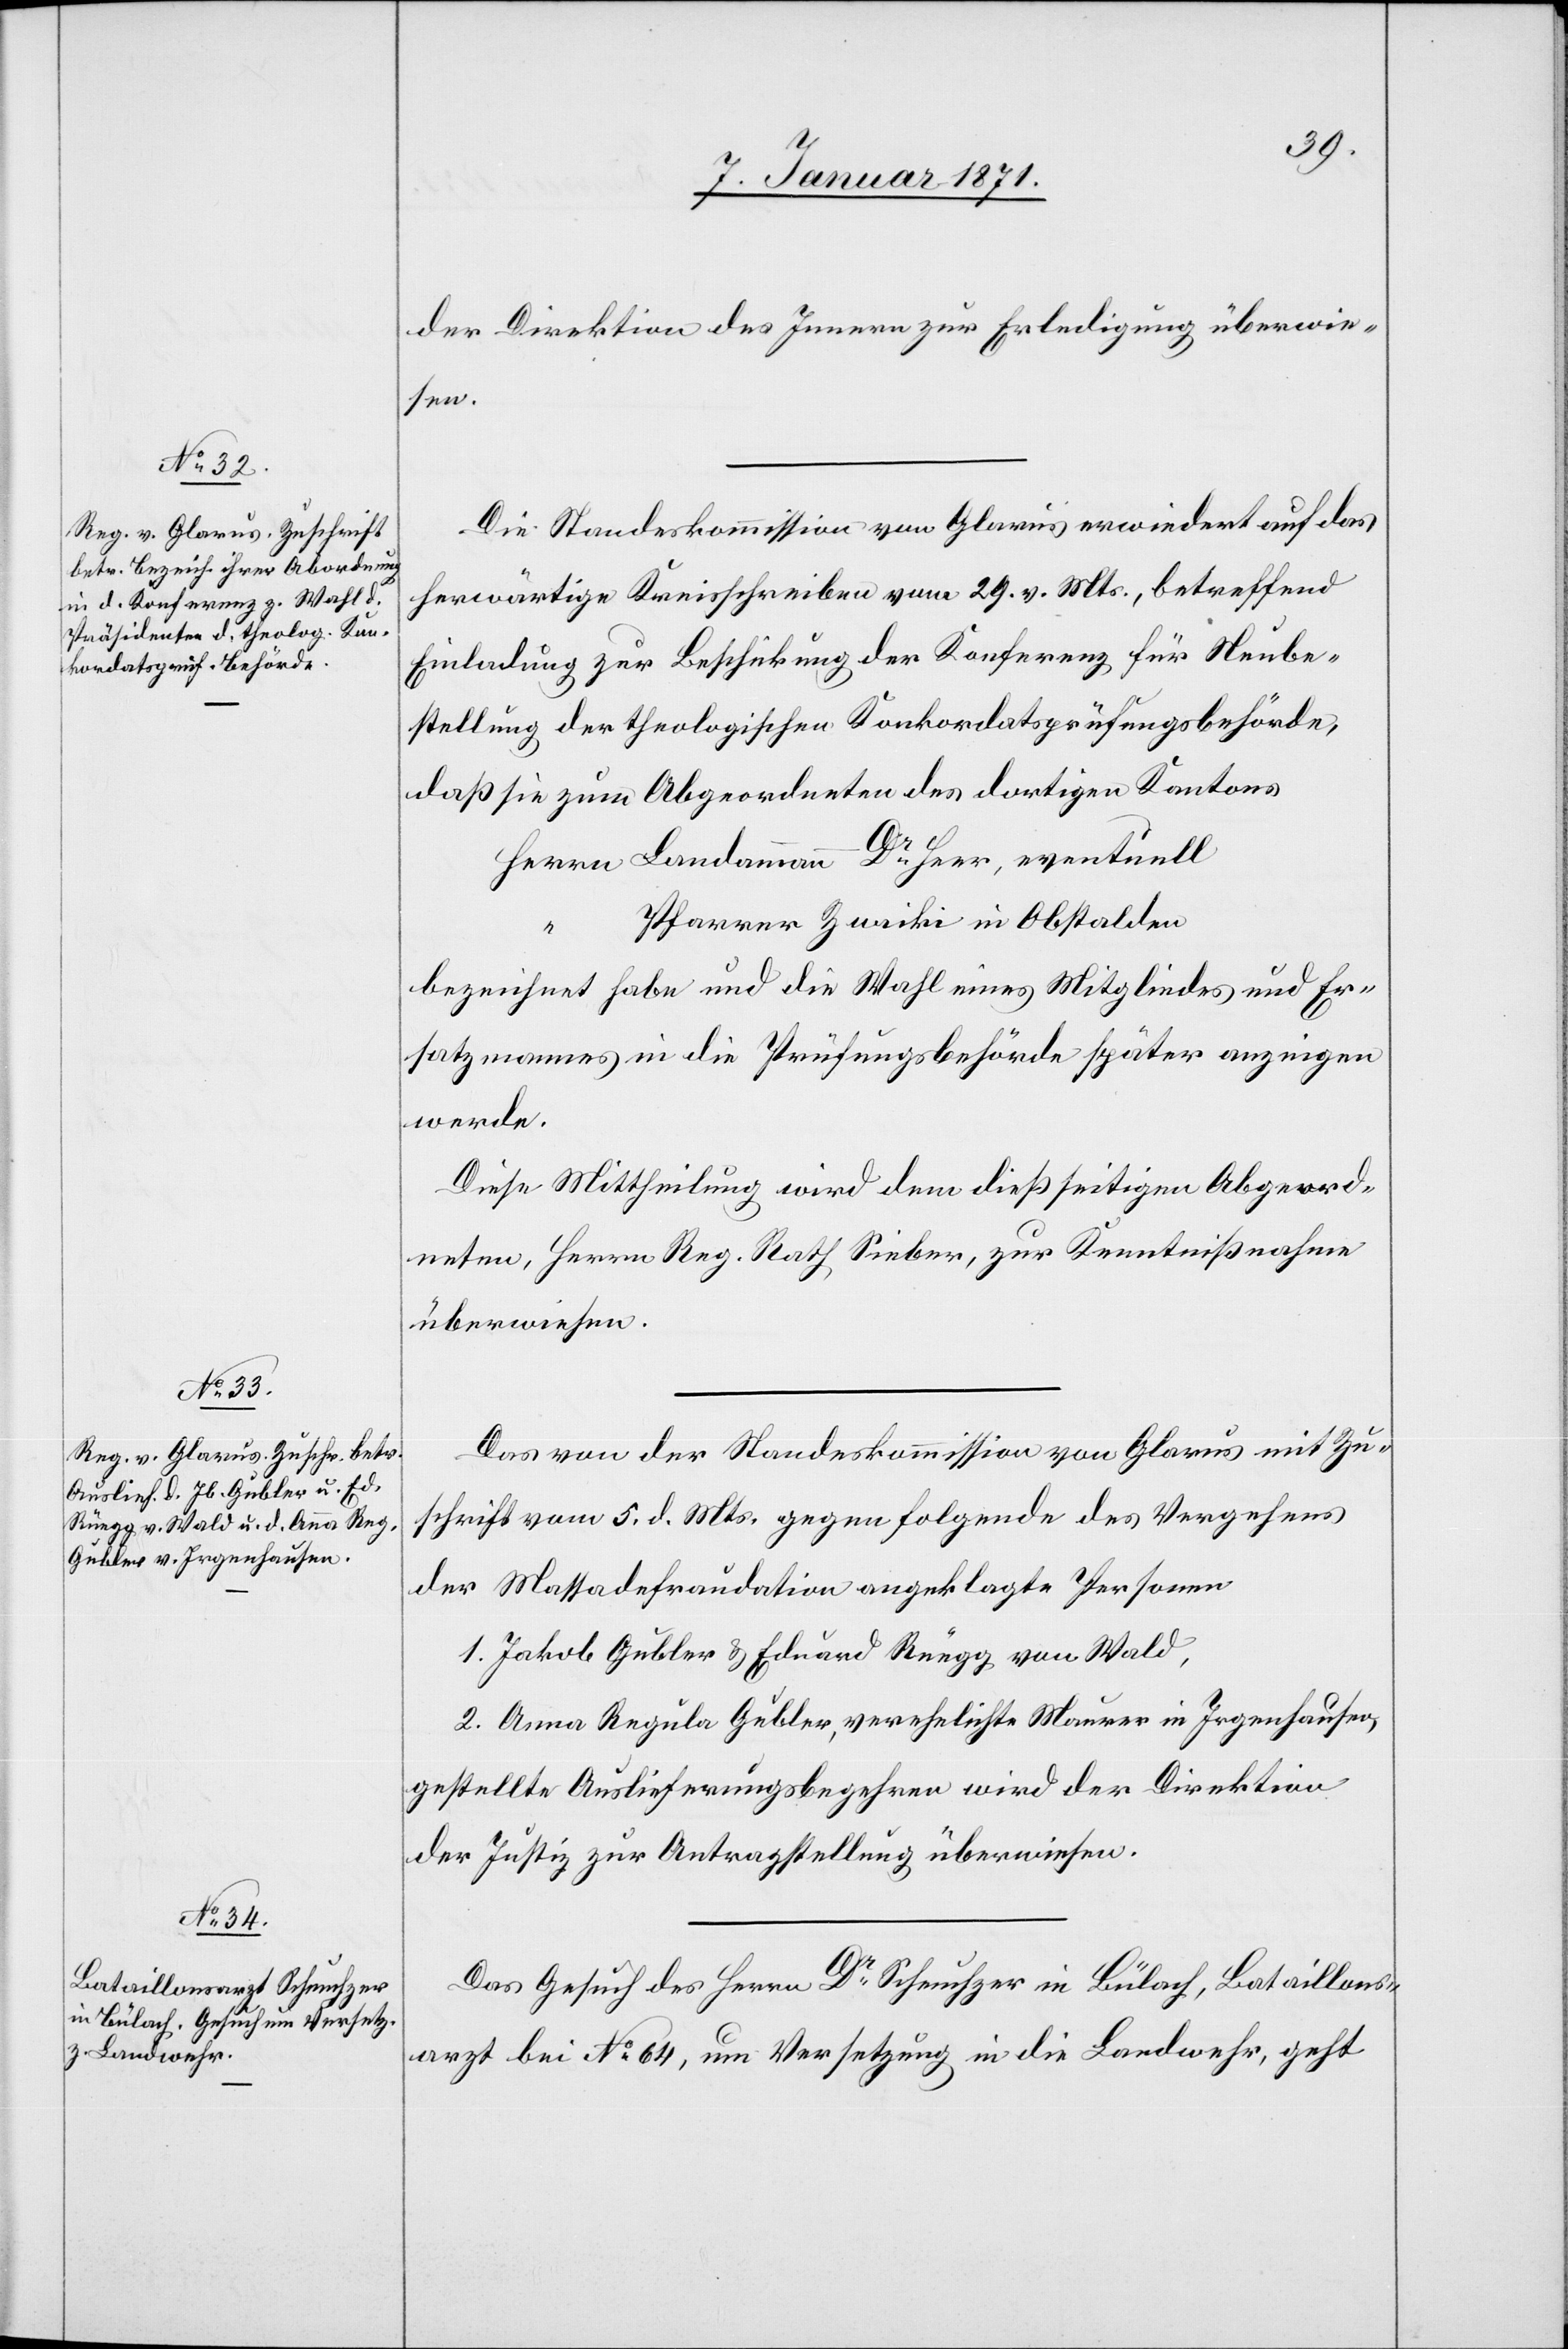
9. Januar 1871.]
der Direktion des Innern zur Erledigung überwie¬
sen.
Die Standeskommission von Glarus erwiedert auf das
herwärtige Kreisschreiben vom 29. v. Mts., betreffend
Einladung zur Beschickung der Konferenz für Neube¬
stellung der theologischen Konkordatsprüfungsbehörde,
daß sie zum Abgeordneten des dortigen Kantons
Herrn Landammann Dr. Heer, eventuell
Pfarrer Zwicki in Obstalden
bezeichnet habe und die Wahl eines Mitgliedes und Er¬
satzmannes in die Prüfungsbehörde später anzeigen
werde.
Diese Mittheilung wird dem dießseitigen Abgeord¬
neten, Herrn Reg. Rath Sieber, zur Kenntnißnahme
überwiesen.
Das von der Standeskommission von Glarus mit Zu¬
schrift vom 5. d. Mts. gegen folgende des Vergehens
der Massadefraudation angeklagte Personen
1. Jakob Gubler & Eduard Rüegg von Wald,
2. Anna Regula Gubler, verehelichte Maurer in Irgenhausen,
gestellte Auslieferungsbegehren wird der Direktion
der Justiz zur Antragstellung überwiesen.
Das Gesuch des Herrn Dr. Scheuchzer in Bülach, Bataillons¬
arzt bei No 64, um Versetzung in die Landwehr, geht